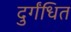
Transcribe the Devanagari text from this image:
दुर्गंधित